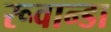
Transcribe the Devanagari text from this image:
रूवान्डा